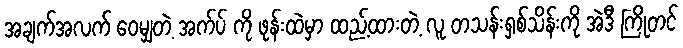
အချက်အလက် ဝေမျှတဲ့ အက်ပ် ကို ဖုန်းထဲမှာ ထည့်ထားတဲ့ လူ တသန်းရှစ်သိန်းကို အဲဒီ ကြိုတင်